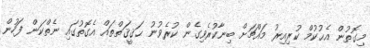
މިގޮތުން އެޙުކުމް ކުރިއިރު މައްޗަށް ބިނާކުރެވިގެން ކުރެވުނު ޙަޤީޤަތްތައް އެގޮތުގައި ނެތްކަން ފަހުން